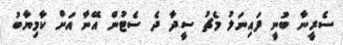
ސެރީނާ ބުނީ ފައިނަލު މެޗު ސީދާ ދެ ސެޓުން އޭނާ އަށް ކާމިޔާބު